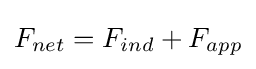
F_{net}=F_{ind}+F_{app}